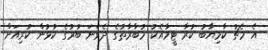
އެ މެޗު ކާމިޔާބު ކުރާ ޓީމާއެކު މުބާރާތުގެ ދެވަނަ ބުރުގެ ކުޅުން ކުރިއަށް